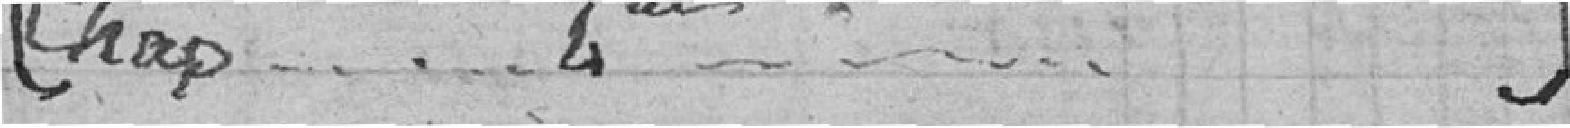
Chap. 4ème